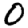
Digit: 0